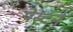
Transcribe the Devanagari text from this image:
पेस्टन